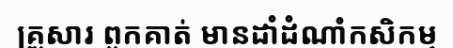
គ្រួសារ ពួកគាត់ មានដាំដំណាំកសិកម្ម